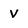
Character: v